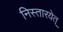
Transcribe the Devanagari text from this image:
निस्तारयेत्